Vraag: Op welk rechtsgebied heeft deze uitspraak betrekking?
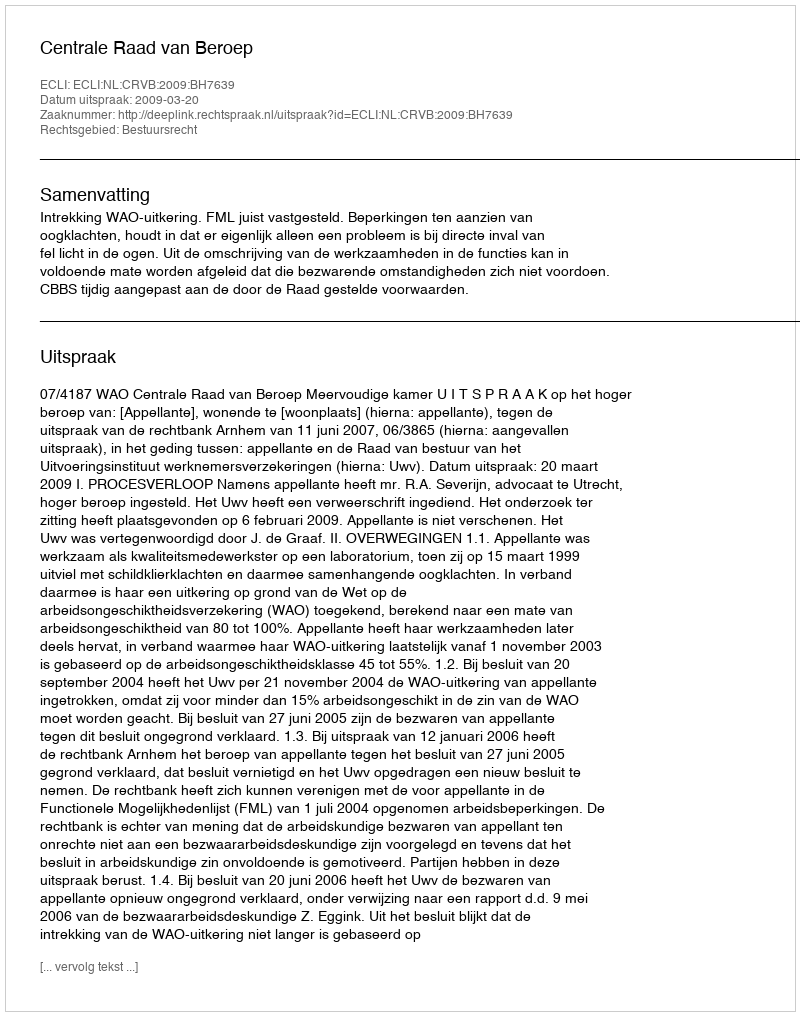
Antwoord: Bestuursrecht